Standards of the constituents of the urine and blood and the bearing of the metabolism of Bengalis on the problems of nutrition - Number 34
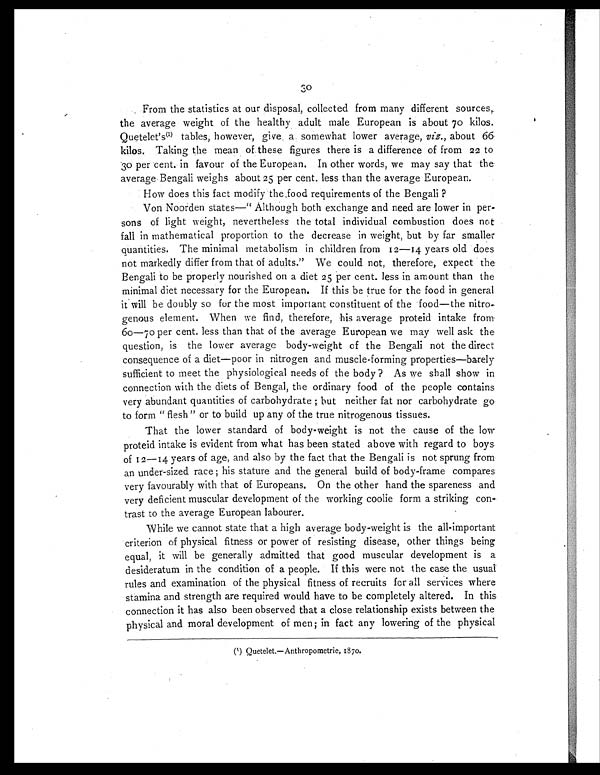
30
From the statistics at our disposal, collected from many different sources,
the average weight of the healthy adult male European is about 70 kilos.
Quetelet's(1) tables, however, give, a. somewhat lower average, viz., about 66
kilos. Taking the mean of these figures there is a difference of from 22 to
30 per cent. in favour of the European. In other words, we may say that the
average Bengali weighs about 25 per cent. less than the average European.
How does this fact modify the food requirements of the Bengali ?
Von Noorden states—" Although both exchange and need are lower in per-
sons of light weight, nevertheless the total individual combustion does not
fall in mathematical proportion to the decrease in weight, but by far smaller
Quantities. The minimal metabolism in children from 12—14 years old does
not markedly differ from that of adults." We could not, therefore, expect the
Bengali to be properly nourished on a diet 25 per cent. less in amount than the
minimal diet necessary for the European. If this be true for the food in general
it will be doubly so for the most important constituent of the food—the nitro-
genous element. When we find, therefore, his average proteid intake from.
60-70 per cent. less than that of the average European we may well ask the
question, is the lower average body-weight of the Bengali not the direct
consequence of a diet—poor in nitrogen and muscle forming properties—barely
sufficient to meet the physiological needs of the body ? As we shall show in
connection with the diets of Bengal, the ordinary food of the people contains
very abundant quantities of carbohydrate ; hut neither fat nor carbohydrate go
to form " flesh" or to build up any of the true nitrogenous tissues.
That the lower standard of body-weight is not the cause of the low
proteid intake is evident from what has been stated above with regard to boys
of 12-14 years of age, and also by the fact that the Bengali is not sprung from
an under-sized race ; his stature and the general build of body-frame compares
very favourably with that of Europeans. On the other hand the spareness and
very deficient muscular development of the working coolie form a striking con-
trast to the average European labourer.
While we cannot state that a high average body-weight is the all-important
criterion of physical fitness or power of resisting disease, other things being
equal, it will be generally admitted that good muscular development is a
desideratum in the condition of a people. If this were not the case the usual
rules and examination of the physical fitness of recruits for all services where
stamina and strength are required would have to be completely altered. In this
connection it has also been observed that a close relationship exists between the
physical and moral development of men; in fact any lowering of the physical
(1) Quetelet.—Anthropometrie, 1870.